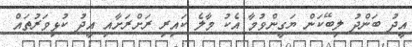
އީދު ބަންދު ލިބޭކަން ޔަގީންވުމާ އެކު މާލެ ކައިރި ރަށްރަށާއި އީދު ކުޅިވަރުތައް